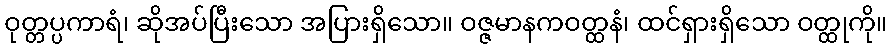
ဝုတ္တပ္ပကာရံ၊ ဆိုအပ်ပြီးသော အပြားရှိသော။ ဝဇ္ဇမာနကဝတ္ထနံ၊ ထင်ရှားရှိသော ဝတ္ထုကို။